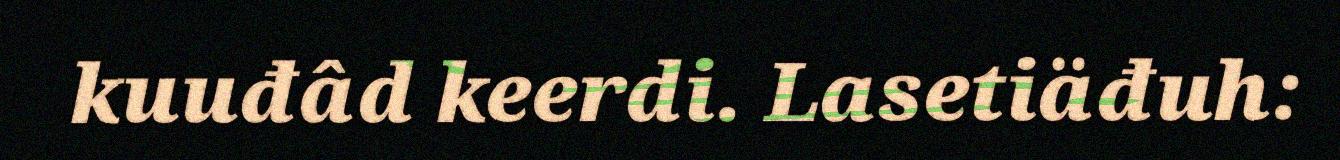
kuuđâd keerdi. Lasetiäđuh: